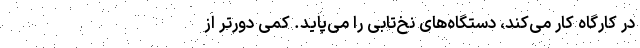
در کارگاه کار می‌کند، دستگاه‌های نخ‌تابی را می‌پاید. کمی دورتر از